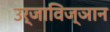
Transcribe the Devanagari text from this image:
उर्जाविज्ञान